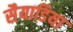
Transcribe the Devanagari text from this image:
सैयाडिया